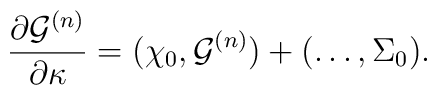
{\partial {\cal G}^{(n)}\over \partial \kappa}=(\chi_0,{\cal G}^{(n)})+(\ldots,\Sigma_0).